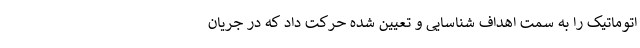
اتوماتیک را به سمت اهداف شناسایی و تعیین شده حرکت داد که در جریان